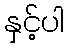
နှင့်ပါ